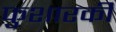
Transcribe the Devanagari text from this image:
फुशारकी